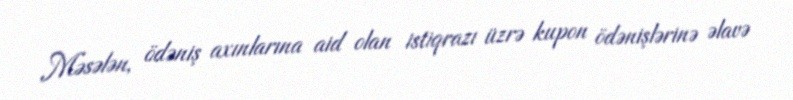
Məsələn, ödəniş axınlarına aid olan istiqrazı üzrə kupon ödənişlərinə əlavə